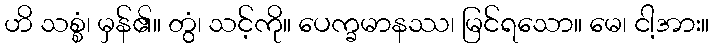
ဟိ သစ္စံ၊ မှန်၏။ တွံ၊ သင့်ကို။ ပေက္ခမာနဿ၊ မြင်ရသော။ မေ၊ ငါ့အား။